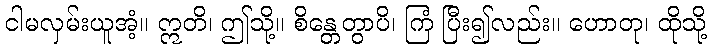
ငါမလှမ်းယူအံ့။ ဣတိ၊ ဤသို့။ စိန္တေတွာပိ၊ ကြံ ပြီး၍လည်း။ ဟောတု၊ ထိုသို့